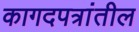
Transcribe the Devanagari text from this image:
कागदपत्रांतील